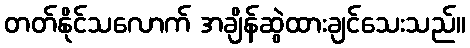
တတ်နိုင်သလောက် အချိန်ဆွဲထားချင်သေးသည်။